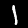
Digit: 1